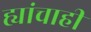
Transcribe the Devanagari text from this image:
ह्यांचाही